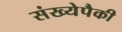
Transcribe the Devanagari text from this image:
संख्येपैकी